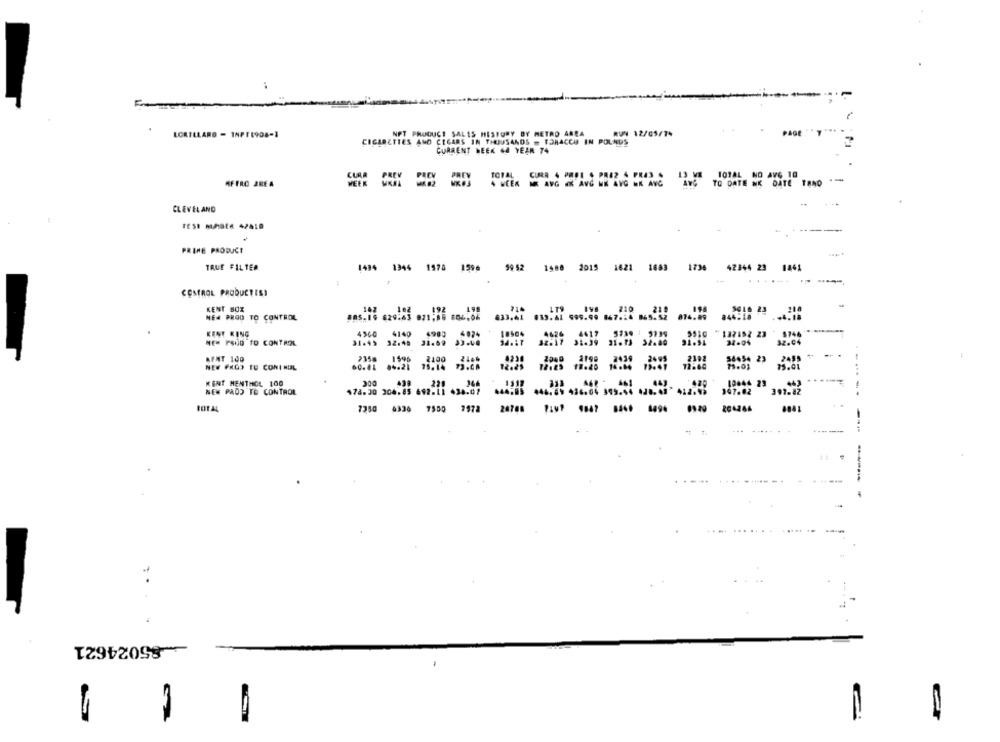
LORILLARD - INPT1908-1
NPT PRODUCT SALES HISTORY BY METRO AREA
RUN 12/05/1*
CIGARETTES AND CIGARS IN THOUSANDS - TORACCO IN POLADS
CURRENT HEEK &A YEAR 74
CURR 4 PODE & PREZ & PRAS
METRO AREA
Av
CLEVELAND
PRIME PRODUCT
TRUE FILTER
1434 1944 1578 1596
1588 2015 1621 1883 1736 42844 23 1441
99 52
COSTROL PRODUCTISI
KENT BOX
162
119
210
219
194
3616 23
NEJ PROG TO CONTROL
833.41
#39.A1 999.99 847.18 865.52
874.89
844:18
KENT KING
4560
4140
4990
132152 23
NEM PSOD TO CONTROL
31.45 32:49
31.69
32-04
BEAT 100
54454 23
2358
. 1595
2100
NEW PROS TO CONINIL
04.21
75.14
11.03
KENT MENTHOL 100
364
NEW PADD TO CONTROL
178.30 304.85 692.11 434.07
7350 4336 7500
9972
6494
PINT 980? 8400
-85024621